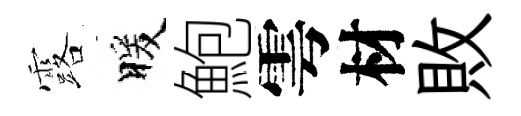
露暖鮑雩材敗